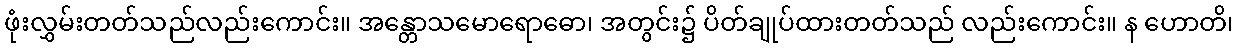
ဖုံးလွှမ်းတတ်သည်လည်းကောင်း။ အန္တောသမောရောဓော၊ အတွင်း၌ ပိတ်ချုပ်ထားတတ်သည် လည်းကောင်း။ န ဟောတိ၊